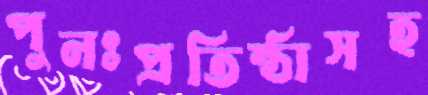
পুনঃপ্রতিষ্ঠাসহ